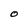
Character: O